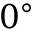
0 ^ { \circ }